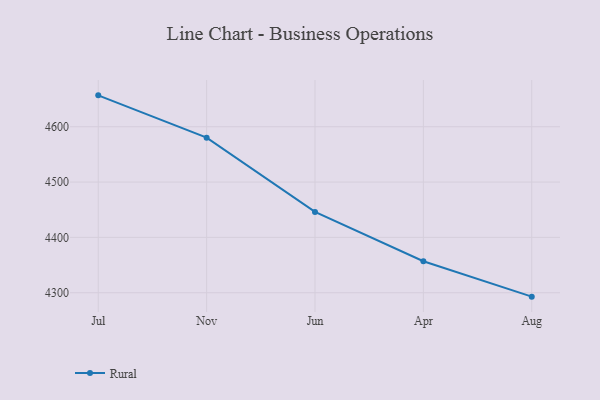
{"axis": {"x": "Month", "y": "Satisfaction Score"}, "legend": ["Rural"], "data": [{"x": "Jul", "y": 4656.7, "type": "Rural"}, {"x": "Nov", "y": 4580.2, "type": "Rural"}, {"x": "Jun", "y": 4446.1, "type": "Rural"}, {"x": "Apr", "y": 4356.9, "type": "Rural"}, {"x": "Aug", "y": 4292.9, "type": "Rural"}]}